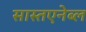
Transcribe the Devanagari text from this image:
सास्तएनेब्ल